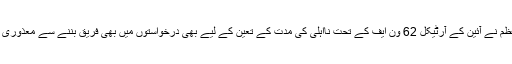
سابق وزیر اعظم نے آئین کے آرٹیکل 62 ون ایف کے تحت نااہلی کی مدت کے تعین کے لیے بھی درخواستوں میں بھی فریق بننے سے معذوری ظاہر کی ہے۔